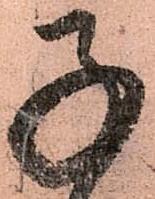
子